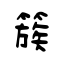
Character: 簇